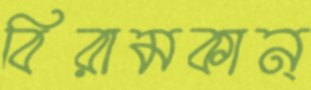
বিরামকান্